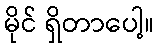
မိုင် ရှိတာပေါ့။